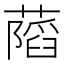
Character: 𦾩